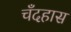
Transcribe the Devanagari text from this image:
चँदहास